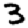
Digit: 3